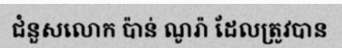
ជំនួសលោក ប៉ាន់ ណូរ៉ា ដែលត្រូវបាន